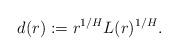
LaTeX: \begin{align*} d(r):= r^{1/H} L(r)^{1/H}.\end{align*}